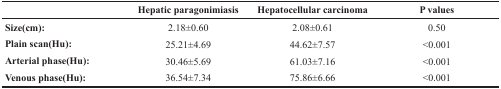
<table><thead><tr><td></td><td><b>Hepatic paragonimiasis</b></td><td><b>Hepatocellular carcinoma</b></td><td><b>P values</b></td></tr></thead><tbody><tr><td><b>Size(cm)</b>:</td><td>2.18±0.60</td><td>2.08±0.61</td><td>0.50</td></tr><tr><td><b>Plain scan(Hu)</b>:</td><td>25.21±4.69</td><td>44.62±7.57</td><td>&lt;0.001</td></tr><tr><td><b>Arterial phase(Hu)</b>:</td><td>30.46±5.69</td><td>61.03±7.16</td><td>&lt;0.001</td></tr><tr><td><b>Venous phase(Hu)</b>:</td><td>36.54±7.34</td><td>75.86±6.66</td><td>&lt;0.001</td></tr></tbody></table>